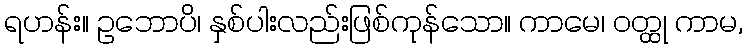
ရဟန်း။ ဥဘောပိ၊ နှစ်ပါးလည်းဖြစ်ကုန်သော။ ကာမေ၊ ဝတ္ထု ကာမ,